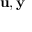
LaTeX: \mathbf { u } , \mathbf { y }